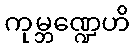
ကုမ္ဘဏ္ဍေဟိ